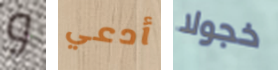
و أدعي خجولا